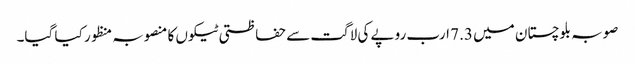
صوبہ بلوچستان میں 7.3 ارب روپے کی لاگت سے حفاظتی ٹیکوں کا منصوبہ منظور کیا گیا۔